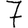
Digit: 7